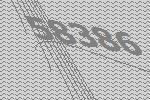
58386